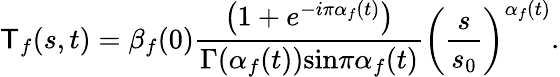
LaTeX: {\mathsf{T}}_{f}(s,t)={\beta}_{f}(0){\frac{{\left(1+{e}^{-i\pi{\alpha}_{f}(t)}\right)}}{{\Gamma({\alpha}_{f}(t))\mathrm{{sin}}\pi{\alpha}_{f}(t)}}}\left({{\frac{{s}}{{{s}_{0}}}}}\right)^{{\alpha}_{f}(t)}.